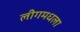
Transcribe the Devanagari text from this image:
लीगमधला